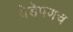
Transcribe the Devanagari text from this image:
वेडेपणच